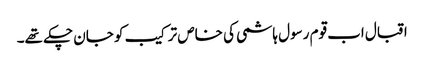
اقبال اب قوم رسول ہاشمی کی خاص ترکیب کو جان چکے تھے۔